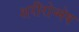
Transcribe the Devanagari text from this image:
शरीरोन्मेष